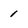
Character: 1